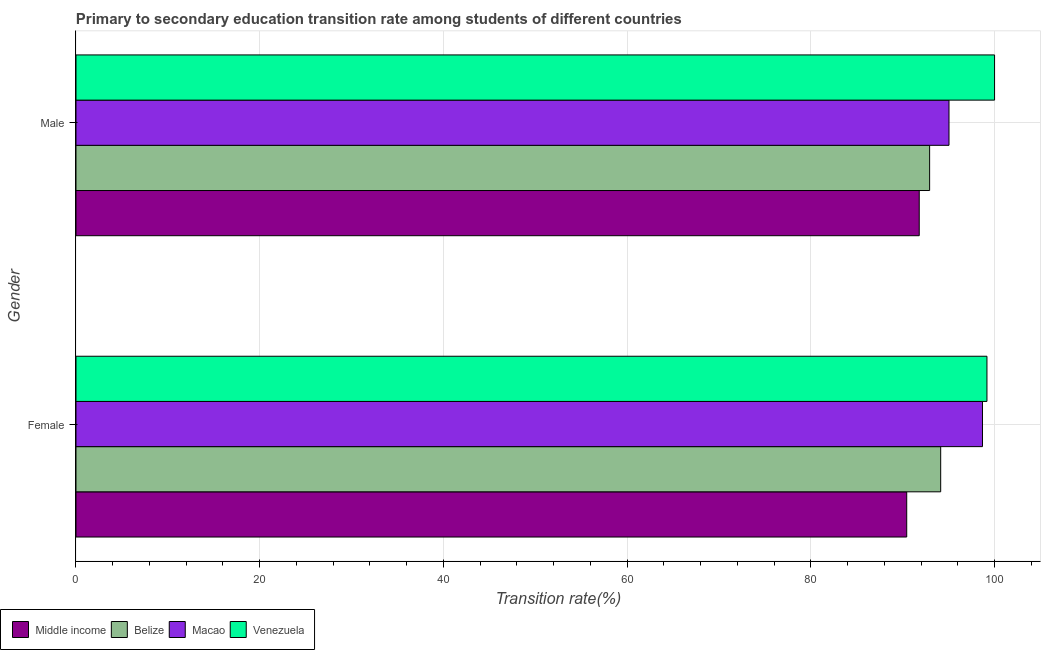
| Gender | Middle income | Belize | Macao | Venezuela |
 | --- | --- | --- | --- | --- |
 | Female | 90.4 | 94.1 | 98.7 | 99.2 |
 | Male | 91.8 | 92.9 | 95 | 100 |